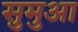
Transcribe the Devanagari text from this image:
सुमुआ